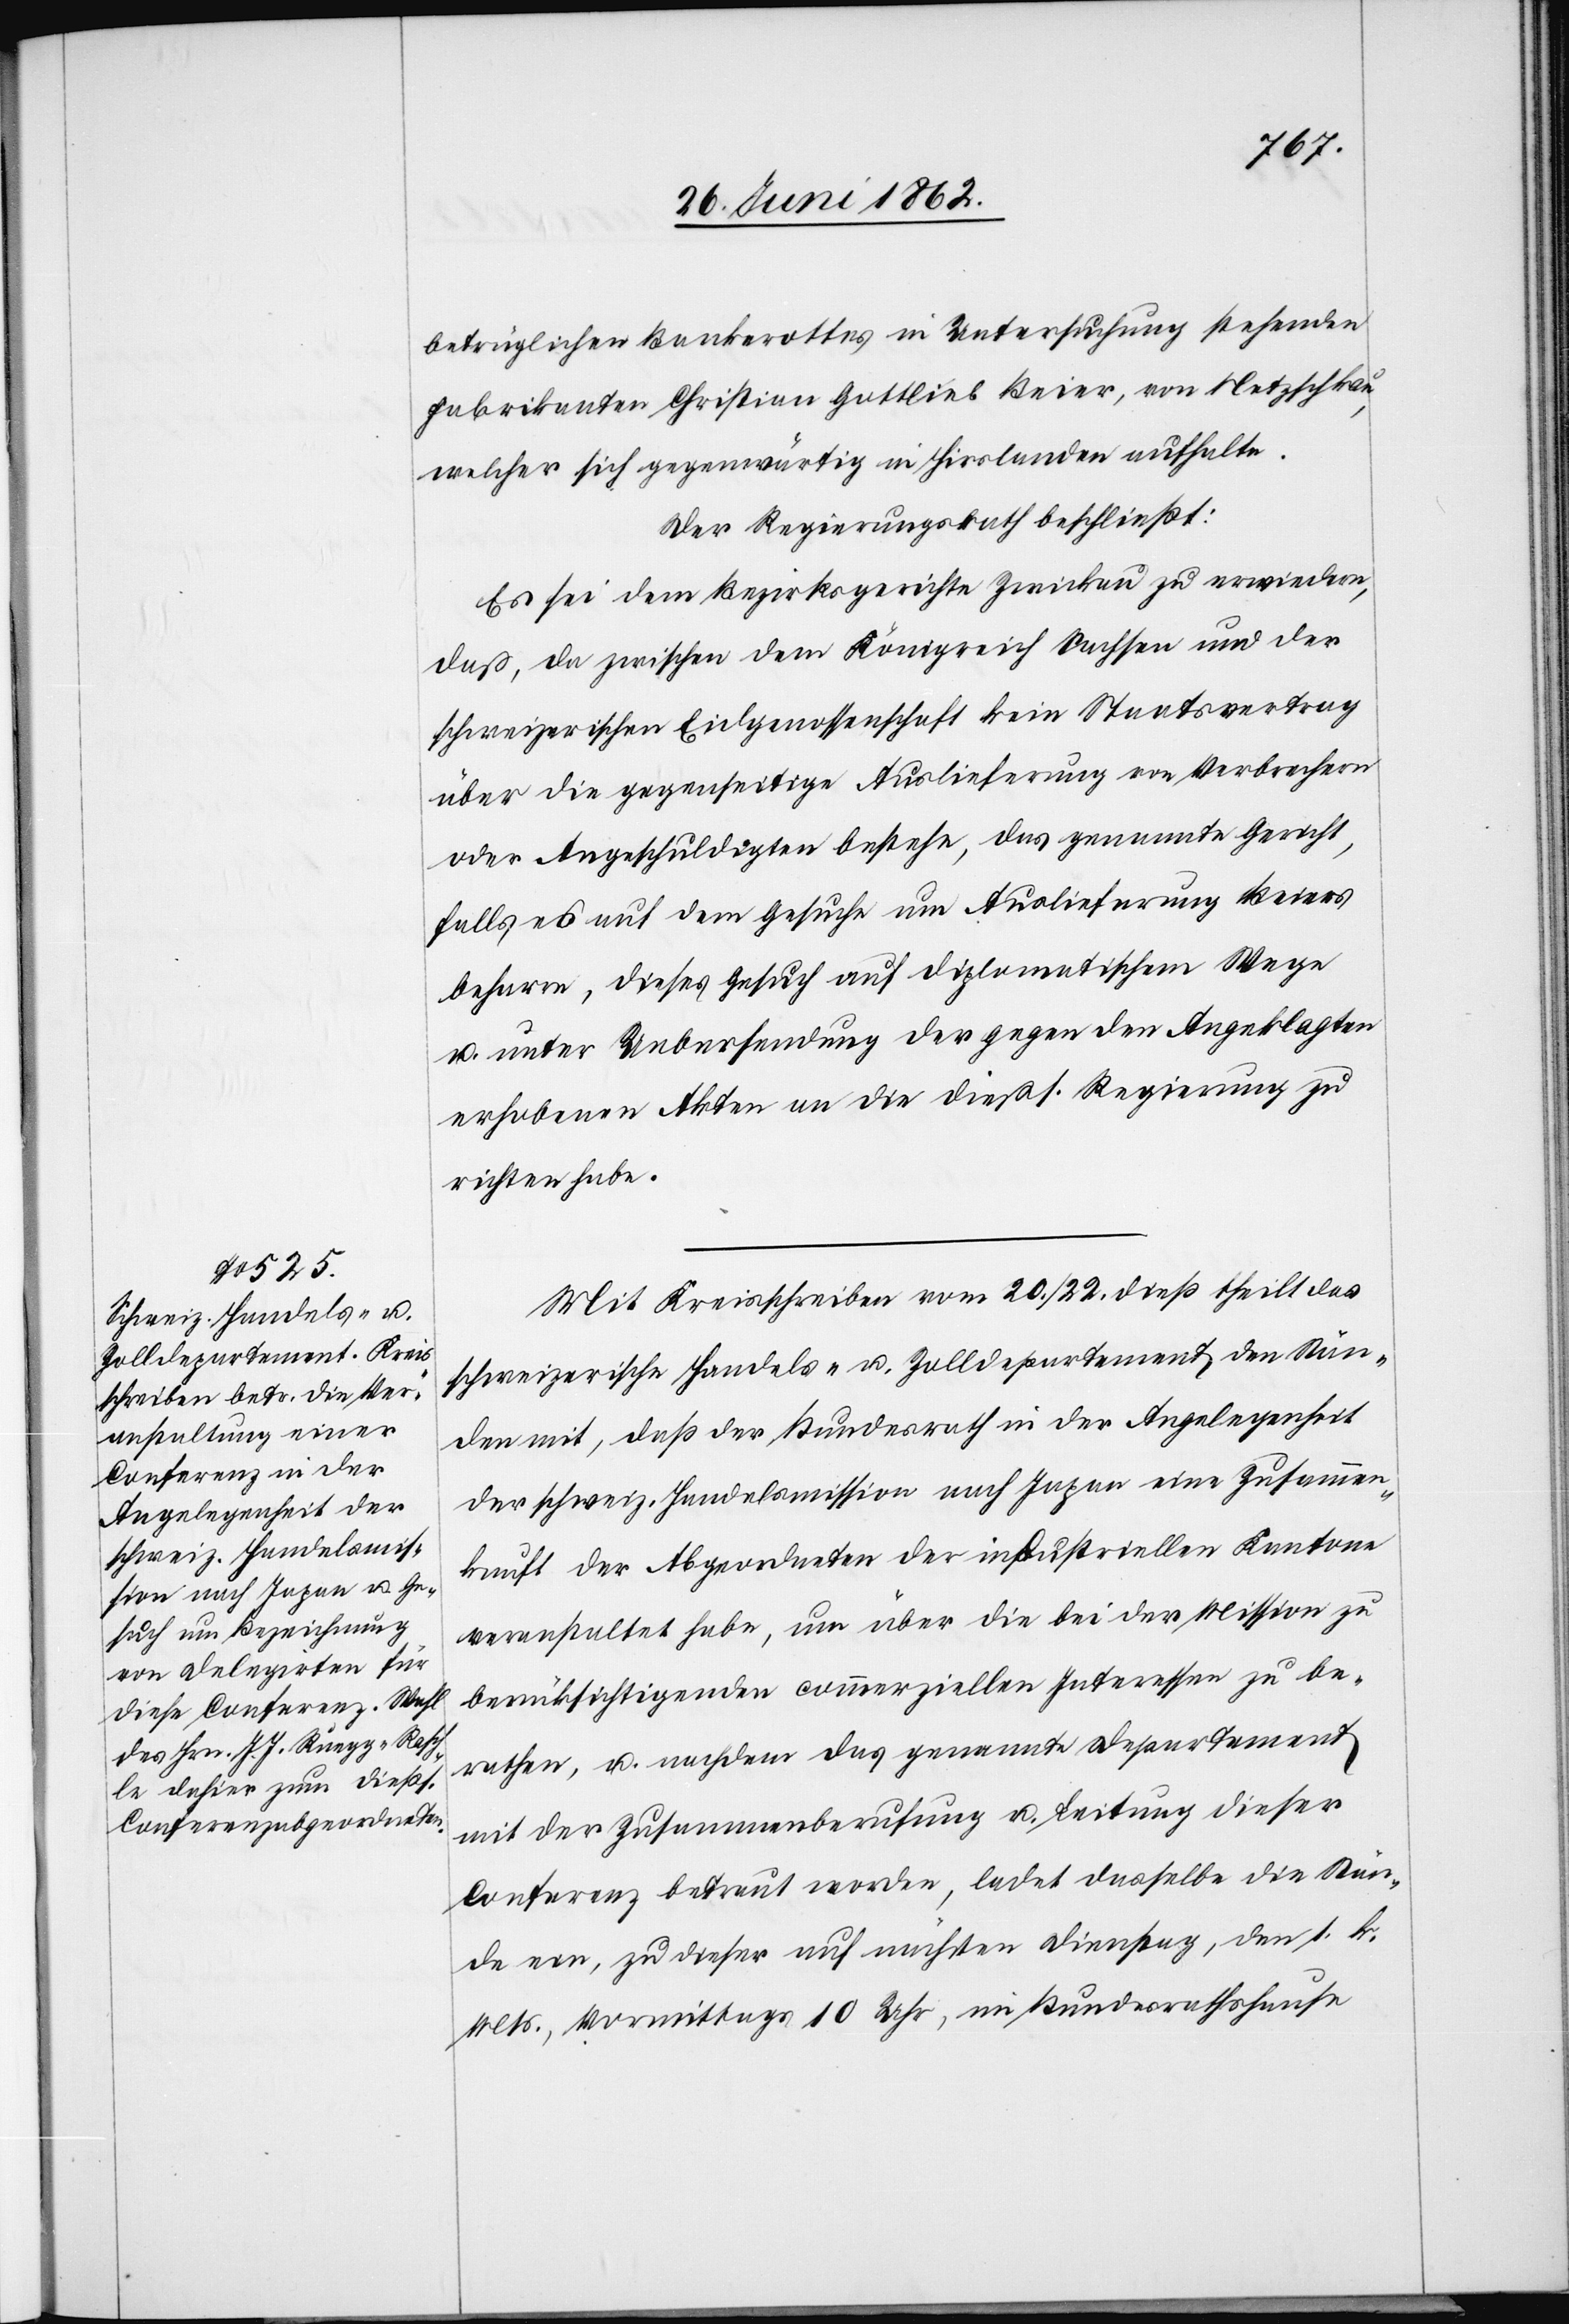
betrüglichen Bankerottes in Untersuchung stehenden
Fabrikanten Christian Gottlieb Beier [sic!], von Netzschkau,
welcher sich gegenwärtig in Hirslanden aufhalte.
Der Regierungsrath beschließt:
Es sei dem Bezirksgerichte Zwickau zu erwiedern,
daß, da zwischen dem Königreich Sachsen und der
schweizerischen Eidgenossenschaft kein Staatsvertrag
über die gegenseitige Auslieferung von Verbrechern
oder Angeschuldigten bestehe, das genannte Gericht,
falls es auf dem Gesuche um Auslieferung Beiers
beharre, dieses Gesuch auf diplomatischem Wege
u. unter Uebersendung der gegen den Angeklagten
erhobenen Akten an die dießs. Regierung zu
richten habe.
Mit Kreisschreiben vom 20./22. dieß theilt das
schweizerische Handels- u. Zolldepartement den Stän¬
den mit, daß der Bundesrath in der Angelegenheit
der schweiz. Handelsmission nach Japan eine Zusammen¬
kunft der Abgeordneten der industriellen Kantone
veranstaltet habe, um über die bei der Mission zu
berücksichtigenden commerziellen Interessen zu be¬
rathen, u. nachdem das genannte Departement
mit der Zusammenberufung u. Leitung dieser
Conferenz betraut worden, ladet dasselbe die Stän¬
de ein, zu dieser auf nächsten Dienstag, den 1. k.
Mts., Vormittags 10 Uhr, im Bundesrathshause